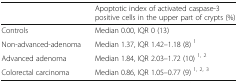
|  | Apoptotic index of activated caspase-3 positive cells in the upper part of crypts (%) |
 | --- | --- |
 | Controls | Median 0.00, IQR 0 (13) |
 | Non-advanced-adenoma | Median 1.37, IQR 1.42–1.18 (8) 1 |
 | Advanced adenoma | Median 1.84, IQR 2.03–1.72 (10) 1, 2 |
 | Colorectal carcinoma | Median 0.86, IQR 1.05–0.77 (9) 1, 2, 3 |